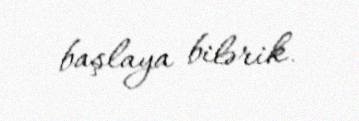
başlaya bilərik.